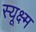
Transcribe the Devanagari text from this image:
स्यूक्ष्म